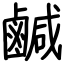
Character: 鹹